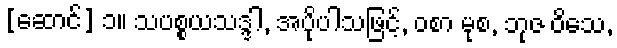
[ဆောင်] ၁။ သပစ္စယသဒ္ဒါ, အပိုပါသဖြင့်, ဝစာ မုစ, ဘုဇ ဝိသေ,